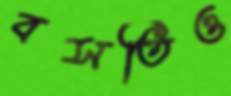
বসতিও